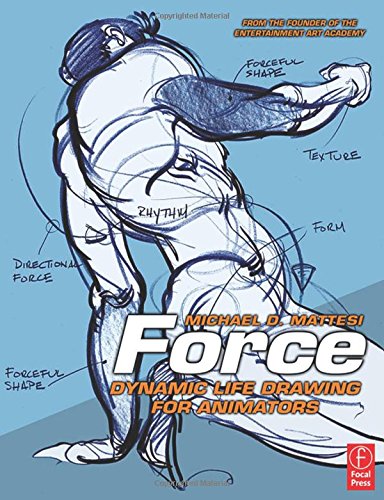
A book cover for Force: Dynamic Life Drawing for Animators (Force Drawing Series); Mike Mattesi; Comics & Graphic Novels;